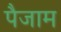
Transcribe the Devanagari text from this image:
पैजाम